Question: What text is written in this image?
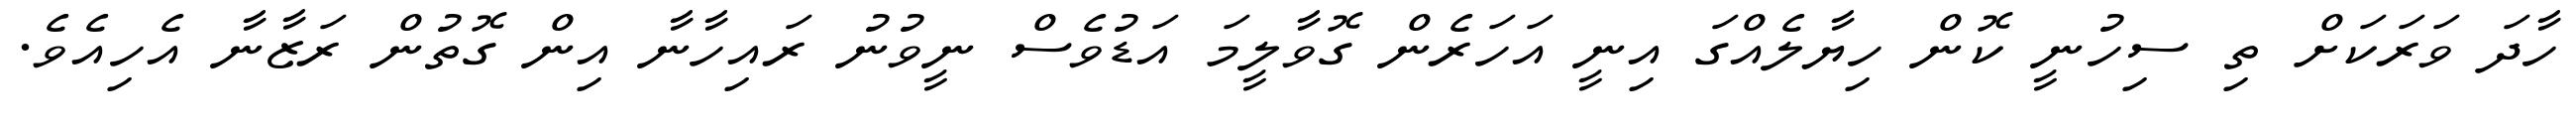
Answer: ހާދަ ވަރަކަށް ތި ސިހުނީ ކޮން ހިޔާލެއްގަ އިނީ އަހަރެން ގޮވާލީމަ އަޑުވެސް ނީވުނު ރައިހާނާ އިން ގޮތުން ރަޒާނާ އެހިއެވެ.